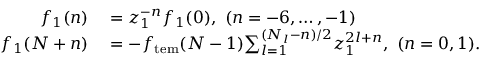
\begin{array} { r l } { f _ { 1 } ( n ) } & { { } = z _ { 1 } ^ { - n } f _ { 1 } ( 0 ) , \ ( n = - 6 , \ldots , - 1 ) } \\ { f _ { 1 } ( N + n ) } & { { } = - f _ { \mathrm { t e m } } ( N - 1 ) { \sum _ { l = 1 } ^ { ( N _ { l } { - n } ) / 2 } } z _ { 1 } ^ { 2 l + n } , \ ( n = 0 , 1 ) . } \end{array}